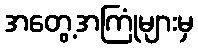
အတွေ့အကြုံများမှ